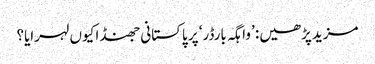
مزید پڑھیں: ’واہگہ بارڈر‘ پر پاکستانی جھنڈا کیوں لہرایا؟